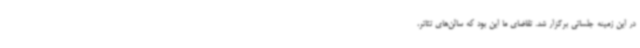
در این زمینه جلساتی برگزار شد. تقاضای ما این بود که سالن‌های تئاتر،